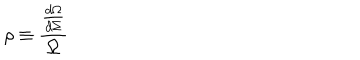
\rho \equiv \frac { \frac { d \Omega } { d \Sigma } } { \Omega }